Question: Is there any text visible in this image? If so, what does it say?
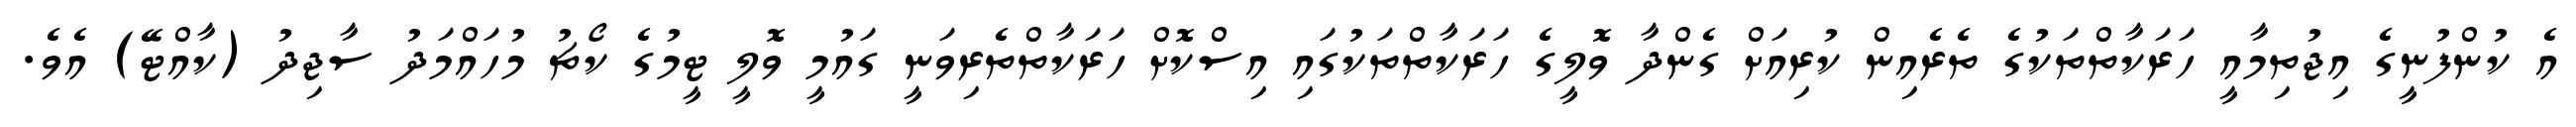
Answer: އެ ކުންފުނީގެ އިޖުތިމާއީ ހަރަކާތްތަކުގެ ތެރެއިން ކުރިއަށް ގެންދާ ވޮލީގެ ހަރަކާތްތަކުގައި އިސްކޮށް ހަރަކާތްތެރިވަނީ ގައުމީ ވޮލީ ޓީމުގެ ކޯޗު މުހައްމަދު ސާޖިދު (ކާއްޓޭ) އެވެ.